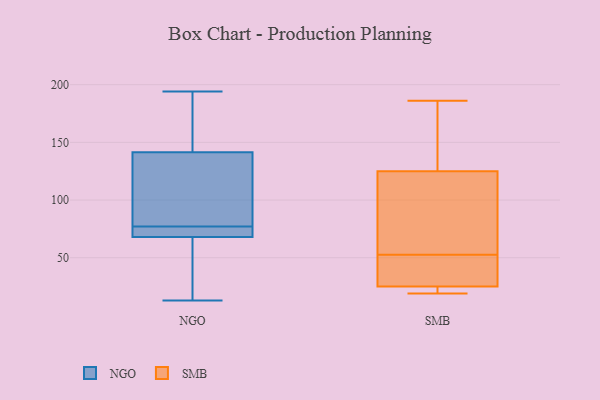
{"axis": {"x": "Production Output", "y": "Value"}, "legend": ["NGO", "SMB"], "data": [{"x": "", "y": 40, "type": "NGO"}, {"x": "", "y": 134, "type": "NGO"}, {"x": "", "y": 72, "type": "NGO"}, {"x": "", "y": 13, "type": "NGO"}, {"x": "", "y": 67, "type": "NGO"}, {"x": "", "y": 178, "type": "NGO"}, {"x": "", "y": 88, "type": "NGO"}, {"x": "", "y": 194, "type": "NGO"}, {"x": "", "y": 77, "type": "NGO"}, {"x": "", "y": 144, "type": "NGO"}, {"x": "", "y": 71, "type": "NGO"}, {"x": "", "y": 20, "type": "SMB"}, {"x": "", "y": 142, "type": "SMB"}, {"x": "", "y": 125, "type": "SMB"}, {"x": "", "y": 25, "type": "SMB"}, {"x": "", "y": 168, "type": "SMB"}, {"x": "", "y": 29, "type": "SMB"}, {"x": "", "y": 82, "type": "SMB"}, {"x": "", "y": 59, "type": "SMB"}, {"x": "", "y": 23, "type": "SMB"}, {"x": "", "y": 49, "type": "SMB"}, {"x": "", "y": 56, "type": "SMB"}, {"x": "", "y": 44, "type": "SMB"}, {"x": "", "y": 19, "type": "SMB"}, {"x": "", "y": 186, "type": "SMB"}]}